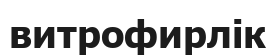
витрофирлік